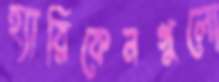
হ্যারিকেনগুলো